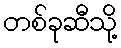
တစ်ခုဆီသို့